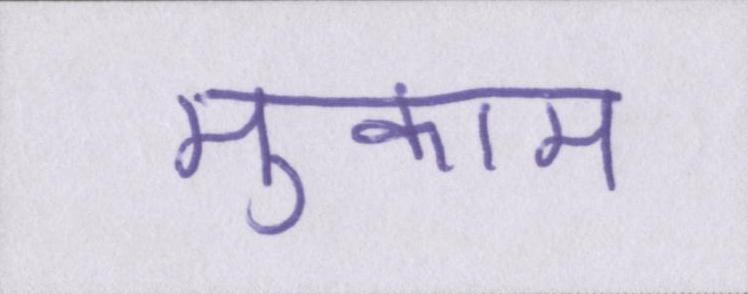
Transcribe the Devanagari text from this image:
मुकाम